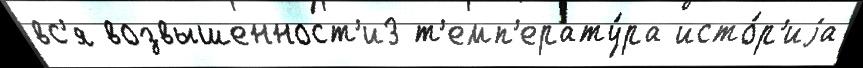
вс'я возвышенност'и3 т'емп'ерату́ра исто́р'иjа